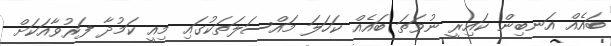
ބައެއް އަނބިން ކައިރީ ނުވަތަ ބައެއް ކަހަލަ މައްސަލަތަކުގައި މިއީ ކަމުދާ ފަރުވާއަކަށް